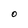
Character: O